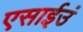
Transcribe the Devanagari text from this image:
एसाईउं